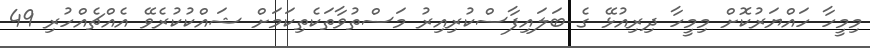
މިމީހާ ހައްޔަރުކޮށް މިމީހާ ދިރިއުޅޭ ގެ ބަލައިފާސްކުރިއިރު މަސްތުވާތަކެތިކަމަށް ޝައްކުކުރެވޭ އެއްޗެއްހުރި 49